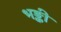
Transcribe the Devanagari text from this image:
भङ्की